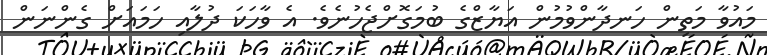
މައުވާ މަތިން ހަނދާންވުމުން އަޔާޒްގެ ބުމަގޮށްޖެހުނެވެ. އެ ވާހަކަ ދުލާއި ހަމައަށް ގެންނަން